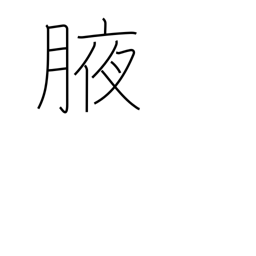
Meaning: armpit